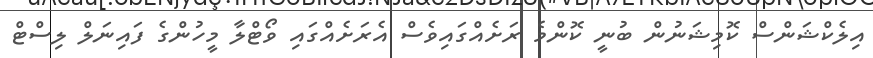
އިލެކްޝަންސް ކޮމިޝަނުން ބުނީ ކޮންމެ ރަށެއްގައިވެސް އެރަށެއްގައި ވޯޓްލާ މީހުންގެ ފައިނަލް ލިސްޓް